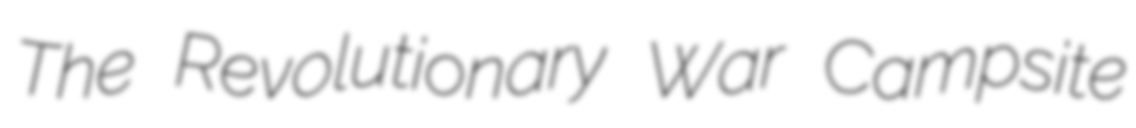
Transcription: The Revolutionary War Campsite